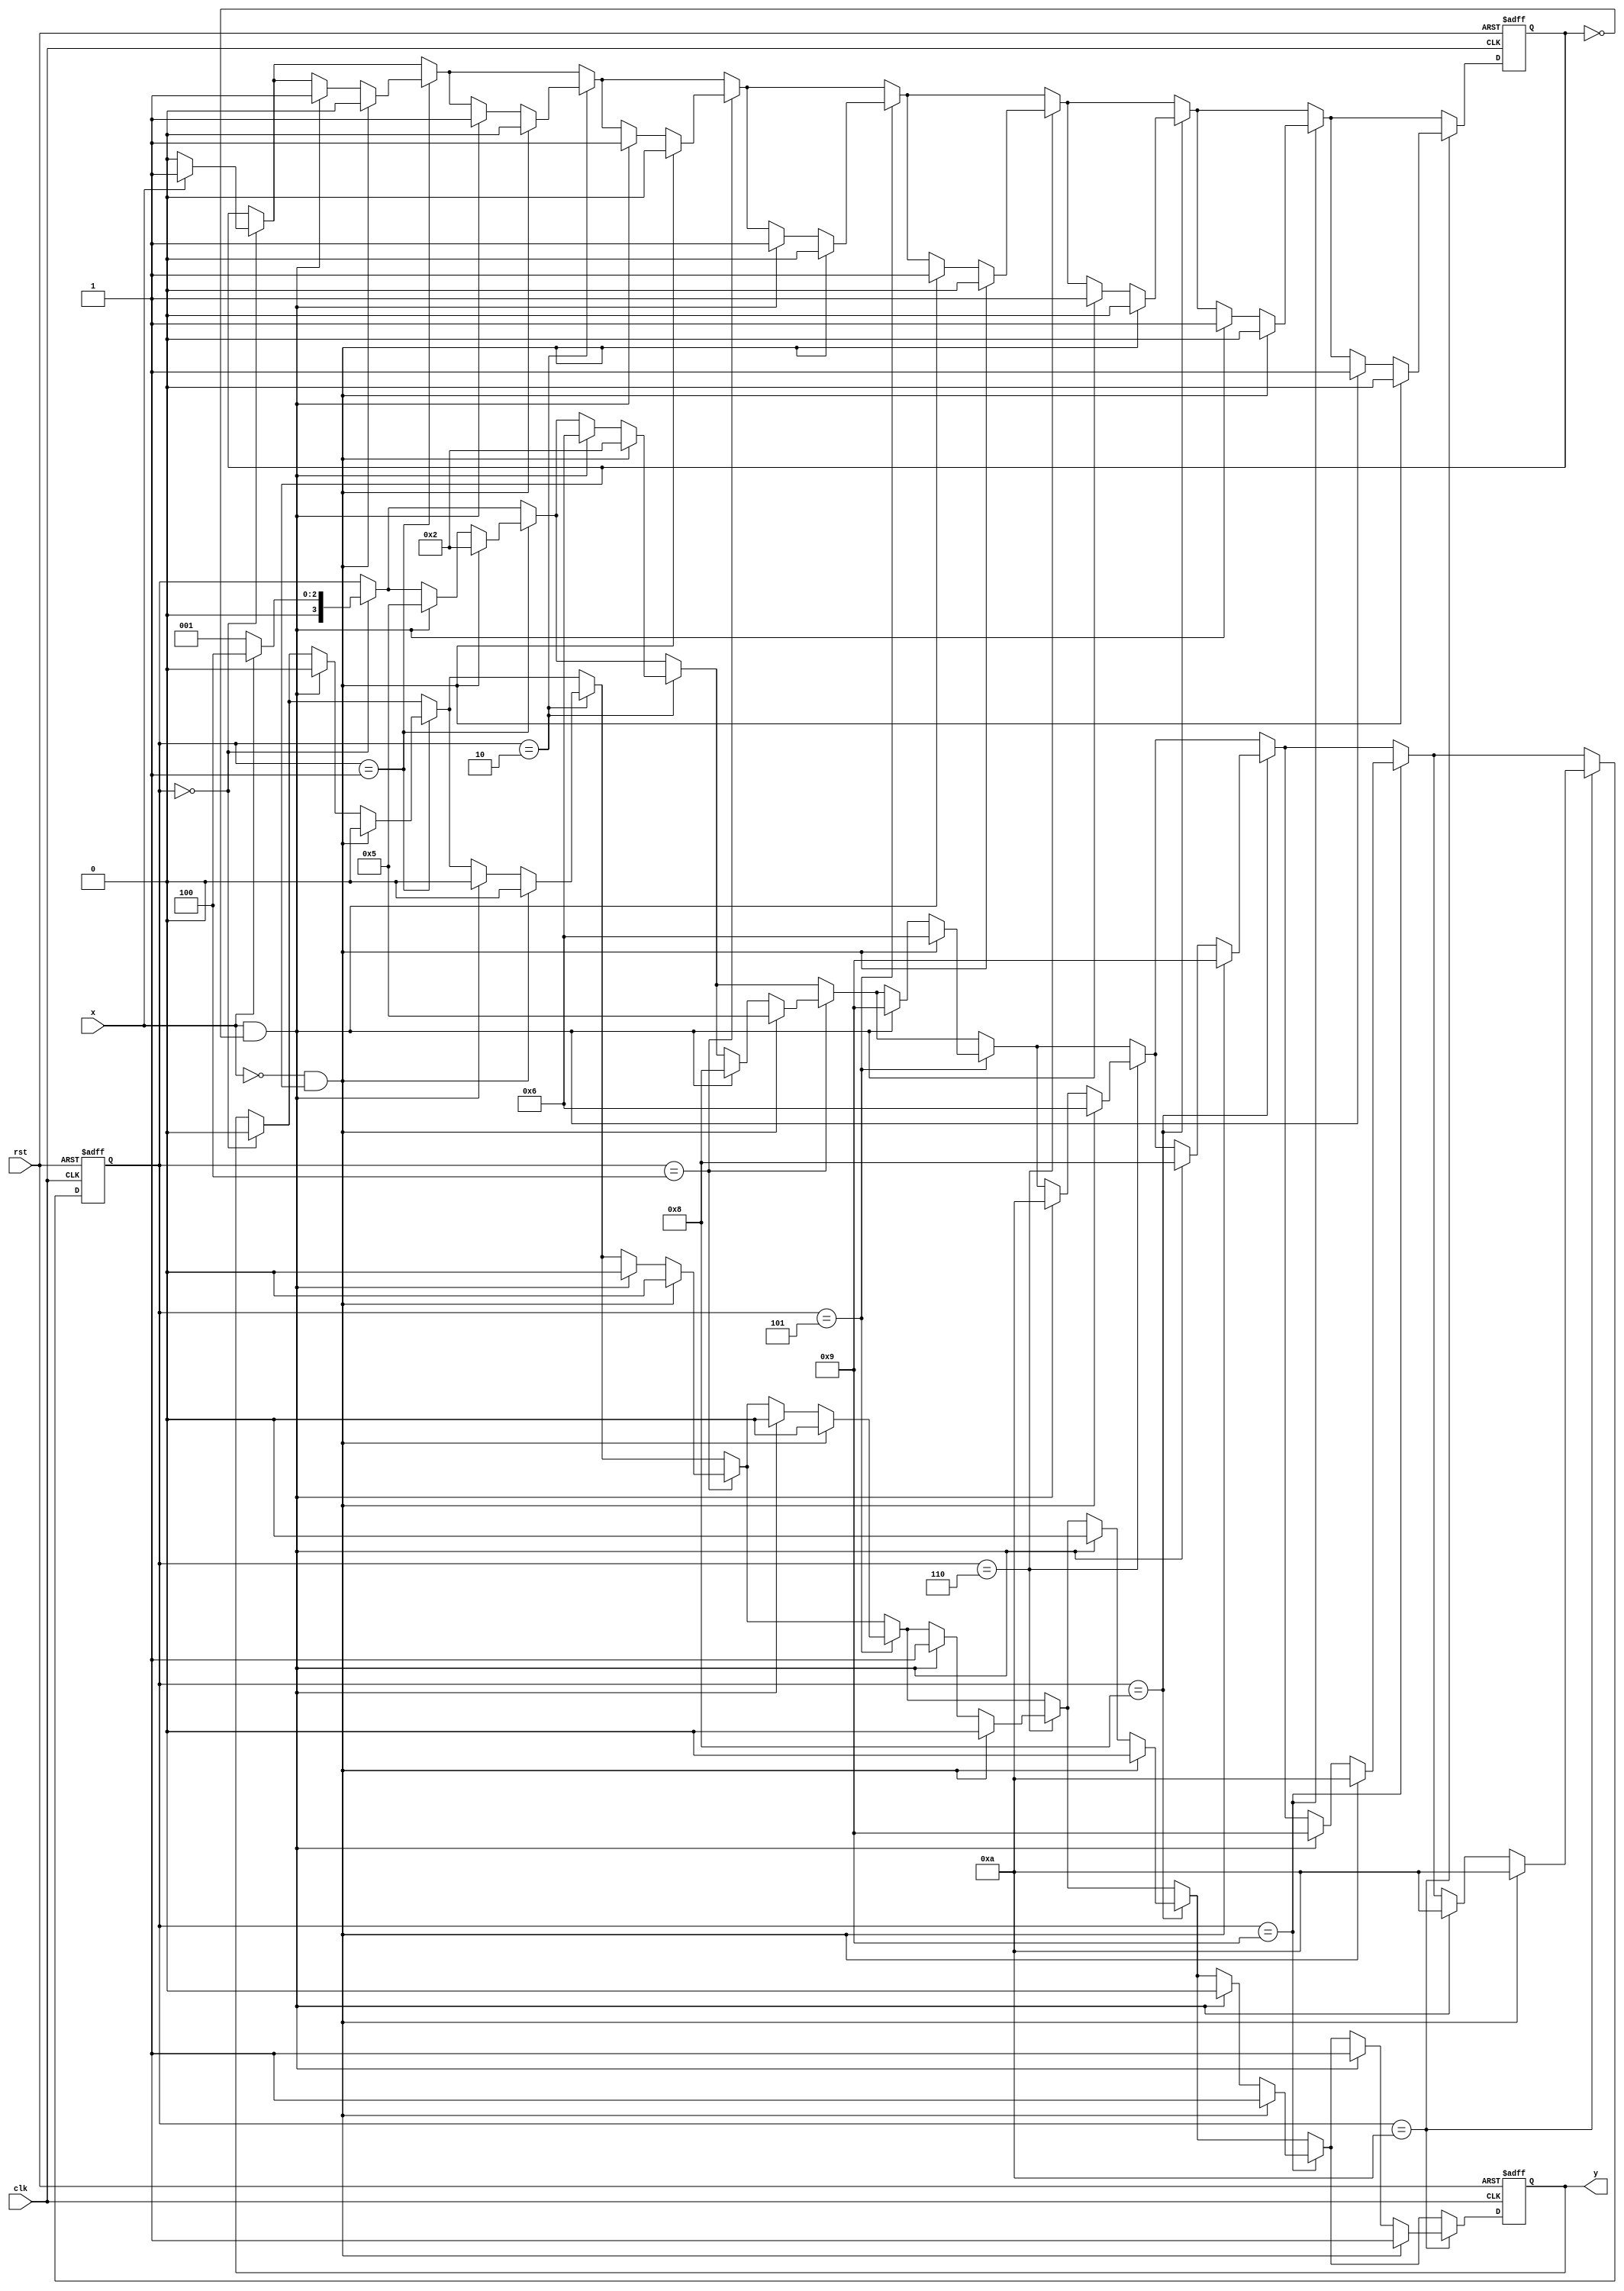
`timescale 1ns / 1ps
//////////////////////////////////////////////////////////////////////////////////
// Company: 
// Engineer: 
// 
// Design Name: 
// Module Name:    fsm 
// Project Name: 
// Target Devices: 
// Tool versions: 
// Description: 
//
// Dependencies: 
//
// Revision: 
// Revision 0.01 - File Created
// Additional Comments: 
//
//////////////////////////////////////////////////////////////////////////////////
module fsm(input clk,input rst,input x,output reg y);
reg [3:0] state;
reg n;
always@(posedge clk or negedge rst)
begin
	if(!rst)
		begin
			state <= 0;
			n <= 0;
			y <= 0;
		end
	else
		begin
			if(state == 4'b0000)
				begin
					if(x == 0)
						begin
							state <= 4'b0001;
							y <= 0;
							n<=0;
						end
					else
						begin
							state <= 4'b0100;
							y <= 0;
							n<=1;
						end
				end

			if(state == 4'b0001)
			begin
				if(x == 0 & n!=0)
					begin
						state <= 4'b0010;
						y<=0;
						n<=0;
					end
				else if(x==1 & n!=1)
					begin
						state <= 4'b0101;
						y<=0;
						n<=1;
					end
			end

			if(state == 4'b0010)
				begin
					if(x == 0 & n!=0)
						begin
							state <= 4'b0010;
							y<=0;
							n<=0;
						end
					else if(x==1 & n!=1)
						begin
							state <= 4'b0110;
							y<=0;
							n<=1;
						end
				end

			if(state == 4'b0100)
			begin
				if(x == 0 &n!=0)
					begin
						state <= 4'b0101;
						y<=0;
						n<=0;
					end
				else if(x==1 & n!=1)
					begin
						state <= 4'b1000;
						y<=0;
						n<=1;
					end
			end

			if(state == 4'b0101)
			begin
				if(x == 0 & n!=0)
					begin
						state <= 4'b0110;
						y<=0;
						n<=0;
					end
				else if(x==1 & n!=1)
					begin
						state <= 4'b1001;
						y<=0;
						n<=1;
					end
			end

			if(state == 4'b0110)
			begin
				if(x == 0 &n!=0)
					begin
						state <= 4'b0110;
						y<=0;
						n<=0;
				end
			else if(x==1 & n!=1)
					begin
						state <= 4'b1010;
						y<=1;
						n<=1;
					end
			end

			if(state == 4'b1000)
			begin
				if(x == 0 &n!=0)
					begin
						state <= 4'b1001;
						y<=0;
						n<=0;
					end
			else if(x==1 & n!=1)
					begin
						state <= 4'b1000;
						y<=0;
						n<=1;
					end
			end

			if(state == 4'b1001)
			begin
				if(x == 0 &n!=0)
					begin
						state <= 4'b1010;
						y<=1;
						n<=0;
					end
				else if(x==1 & n!=1)
					begin
						state <= 4'b1001;
						y<=0;
						n<=1;
					end
			end

			if(state == 4'b1010)
			begin
				if(x == 0&n!=0)
					begin
						state <= 4'b1010;
						y<=1;
						n<=0;
					end
				else if(x==1 & n!=1)
					begin
						state <= 4'b1010;
						y<=1;
						n<=1;
					end
			end
		end
	end
endmodule